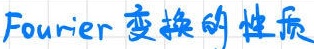
Fourier 变换的性质